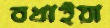
বখাইয়া